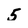
Character: 5